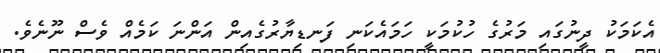
އެކަމަކު ދީނުގައި މަރުުގެ ހުކުމަކީ ހަމައެކަނި ފަނޑިޔާރުގެއިން އަންނަ ކަމެއް ވެސް ނޫނެވެ.